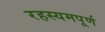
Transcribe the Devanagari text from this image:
रहस्यमपूर्ण